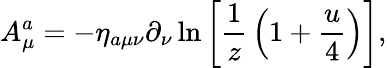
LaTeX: A_{\mu}^{a}=-\eta_{a\mu\nu}\partial_{\nu}\ln\left[{\frac{1}{z}}\left(1+{\frac{u}{4}}\right)\right],